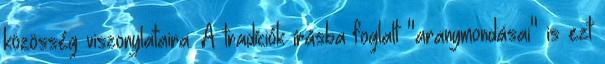
közösség viszonylataira. A tradíciók írásba foglalt "aranymondásai" is ezt